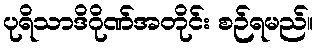
ပုရိသာဒိဂိုဏ်အတိုင်း စဉ်ရမည်။